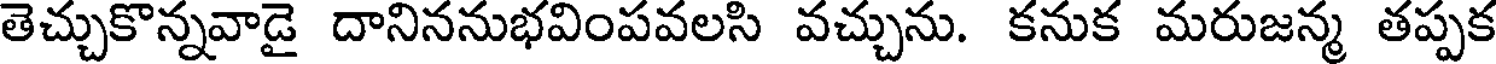
తెచ్చుకొన్నవాడై దానిననుభవింపవలసి వచ్చును. కనుక మరుజన్మ తప్పక